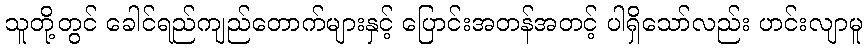
သူတို့တွင် ခေါင်ရည်ကျည်တောက်များနှင့် ပြောင်းအတန်အတင့် ပါရှိသော်လည်း ဟင်းလျာမူ